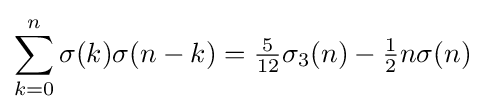
\sum _{k=0}^{n}\sigma (k)\sigma (n-k)={\tfrac {5}{12}}\sigma _{3}(n)-{\tfrac {1}{2}}n\sigma (n)